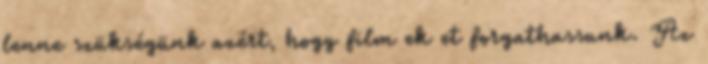
lenne szükségünk azért, hogy film ek et forgathassunk. Az